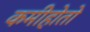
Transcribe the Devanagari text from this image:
कमीहोतो